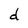
Character: d